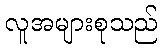
လူအများစုသည်